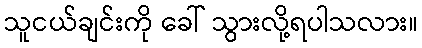
သူငယ်ချင်းကို ခေါ် သွားလို့ရပါသလား။